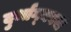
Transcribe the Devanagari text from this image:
दुर्भाग्‍यवश